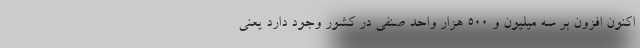
اکنون افزون بر سه میلیون و ۵۰۰ هزار واحد صنفی در کشور وجود دارد یعنی